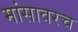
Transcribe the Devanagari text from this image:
मांसावरच